Annual administration and progress report of the Indian Medical Department, Bombay
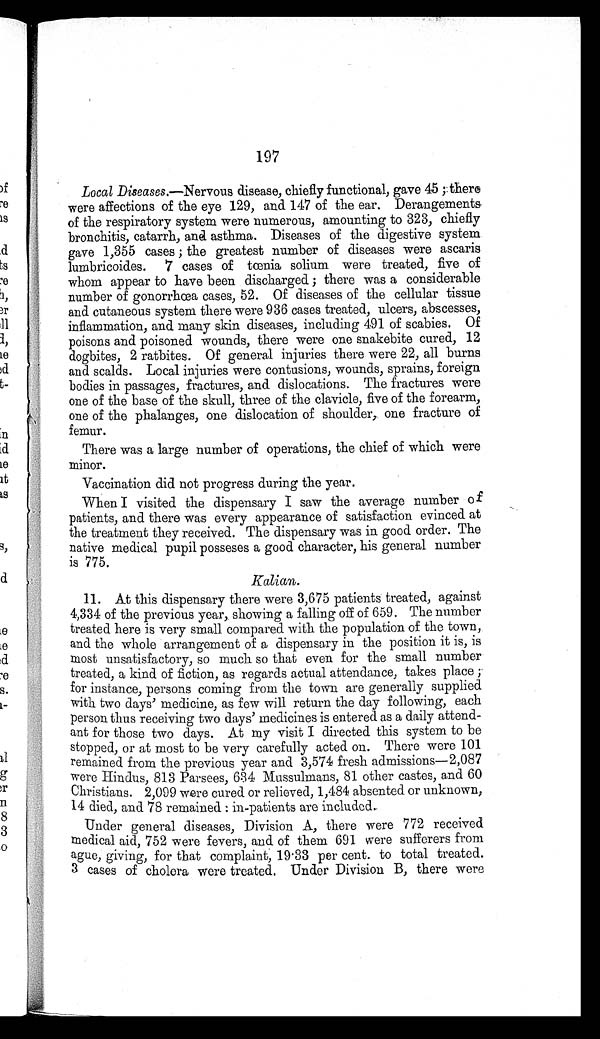
197
Local Diseases .—Nervous disease, chiefly functional, gave 45; there
were affections of the eye 129, and 147 of the ear. Derangements,
of the respiratory system were numerous, amounting to 323, chiefly
bronchitis, catarrh, and asthma. Diseases of the digestive system
gave 1,355 cases; the greatest number of diseases were ascaris
lumbricoides. 7 cases of tœnia solium were treated, five of
whom appear to have been discharged; there was a considerable
number of gonorrhœa cases, 52. Of diseases of the cellular tissue
and cutaneous system there were 936 cases treated, ulcers, abscesses,
inflammation, and many skin diseases, including 491 of scabies. Of
poisons and poisoned wounds, there were one snakebite cured, 12
dogbites, 2 ratbites. Of general injuries there were 22, all burns
and scalds. Local injuries were contusions, wounds, sprains, foreign
bodies in passages, fractures, and dislocations. The fractures were
one of the base of the skull, three of the clavicle, five of the forearm,
one of the phalanges, one dislocation of shoulder, one fracture of
femur.
There was a large number of operations, the chief of which were
minor.
Vaccination did not progress during the year.
When I visited the dispensary I saw the average number of
patients, and there was every appearance of satisfaction evinced at
the treatment they received. The dispensary was in good order. The
native medical pupil posseses a good character, his general number
is 775.
Kalian.
11.
At this dispensary there were 3,675 patients treated, against
4,334 of the previous year, showing a falling off of 659. The number
treated here is very small compared with the population of the town,
and the whole arrangement of a dispensary in the position it is, is
most unsatisfactory, so much. so that even for the small number
treated, a kind of fiction, as regards actual attendance, takes place;
for instance, persons coming from the town are generally supplied
with two days' medicine, as few will return the day following, each
person thus receiving two days' medicines is entered as a daily attend
-
ant for those two days. At my visit I directed this system to be
stopped, or at most to be very carefully acted on. There were 101
remained from the previous year and 3,574 fresh admissions—2,087
were Hindus, 813 Parsees, 634 Mussulmans, 81 other castes, and 60
Christians. 2,099 were cured or relieved, 1,484 absented or unknown,
14 died, and 78 remained: in-patients are included.
Under general diseases, Division A, there were 772 received
medical aid, 752 were fevers, and of them 691 were sufferers from
ague, giving, for that complaint, 19.33 per cent. to total treated.
3 cases of cholera were treated. Under Division B, there were